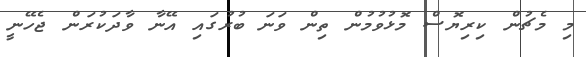
މި މެޗުން ކިރިޔޮސް މޮޅުވުމުން ތިން ވަނަ ބުރުގައި އޭނާ ވާދަކުރަން ޖެހޭނީ